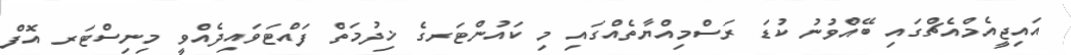
އައިޖީއެމްއެޗްގައި ބޭއްވުނު ކުޑަ ރަސްމިއްޔާތެއްގައި މި ކައުންޓަރގެ ޚިދުމަތް ފައްޓަވައިދެއްވީ މިނިސްޓަރ އޮފް